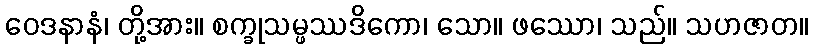
ဝေဒနာနံ၊ တို့အား။ စက္ခုသမ္ဖဿဒိကော၊ သော။ ဖဿော၊ သည်။ သဟဇာတ။